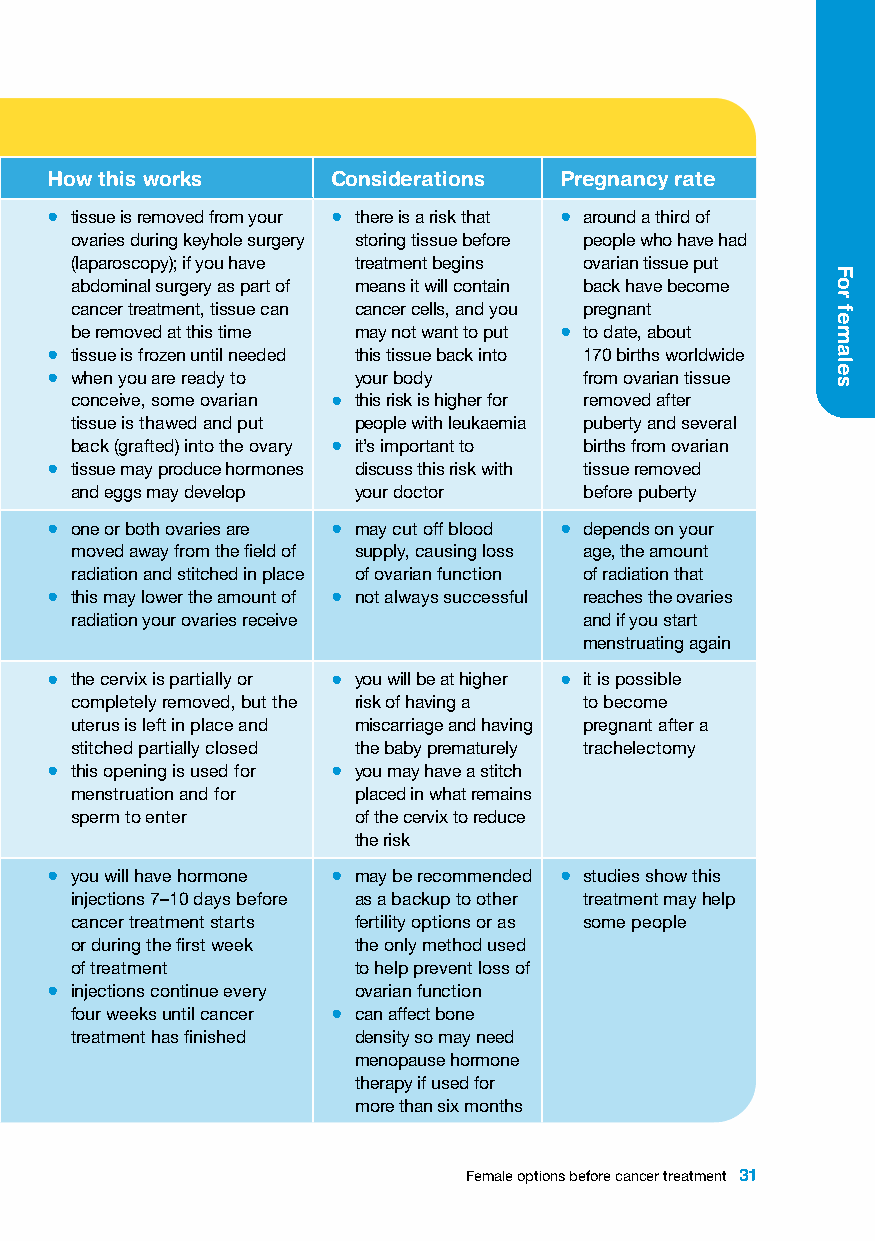
Preserving fertility in females – continued
 Option What this is When this is used How this works Considerations Pregnancy rate
 ovarian tissue • the process of removing, • if there isn’t a lot of • tissue is removed from your • there is a risk that • around a third of
 freezing slicing and freezing tiny time before treatment ovaries during keyhole surgery storing tissue before people who have had
 (cryopreservation) pieces of tissue from an • if taking hormones (laparoscopy); if you have treatment begins ovarian tissue put
 ovary so it can be used later to encourage egg abdominal surgery as part of means it will contain back have become
 • legal limits on how long production is unsafe cancer treatment, tissue can cancer cells, and you pregnant
 ovarian tissue can be stored • if there is a high risk be removed at this time may not want to put • to date, about
 are different in each state of infertility • tissue is frozen until needed this tissue back into 170 births worldwide
 and territory • if the person hasn’t • when you are ready to your body from ovarian tissue
 • your fertility clinic can gone through puberty conceive, some ovarian • this risk is higher for removed after
 advise about time limits • can be used in tissue is thawed and put people with leukaemia puberty and several
 and the cost of storage addition to egg back (grafted) into the ovary • it’s important to births from ovarian
 freezing • tissue may produce hormones discuss this risk with tissue removed
 and eggs may develop your doctor  before puberty
 ovarian • a type of fertility-sparing • when the ovaries • one or both ovaries are • may cut off blood • depends on your
 transposition surgery are in the path of moved away from the field of supply, causing loss age, the amount
 (oophoropexy) • it involves surgically moving radiation therapy radiation and stitched in place of ovarian function of radiation that
 one or both ovaries to • this may lower the amount of • not always successful reaches the ovaries
 preserve their function radiation your ovaries receive and if you start
 menstruating again
 trachelectomy • a type of fertility-sparing • for small tumours • the cervix is partially or • you will be at higher • it is possible
 surgery found only in the completely removed, but the risk of having a to become
 • it removes part or all of the cervix uterus is left in place and miscarriage and having pregnant after a
 cervix, the upper part of the stitched partially closed the baby prematurely trachelectomy
 vagina, and lymph nodes in • this opening is used for • you may have a stitch
 the pelvis menstruation and for placed in what remains
 • the uterus, fallopian tubes sperm to enter of the cervix to reduce
 and ovaries are left in place the risk
 GnRH analogue • gonadotropin-releasing • during chemotherapy • you will have hormone • may be recommended • studies show this
 treatment hormone (GnRH) is a injections 7–10 days before as a backup to other treatment may help
 (ovarian long-acting hormone cancer treatment starts fertility options or as some people
 used to cause temporary or during the first week the only method used
 suppression)
 menopause of treatment to help prevent loss of
 • reducing activity in the • injections continue every ovarian function
 ovaries may protect eggs four weeks until cancer • can affect bone
 from being damaged treatment has finished density so may need
 menopause hormone
 therapy if used for
 more than six months
 Female options before cancer treatment 31
 For
 females